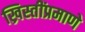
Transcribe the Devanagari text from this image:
ख्रिस्तींप्रमाणे